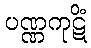
ပဏ္ဏကုဋိံ